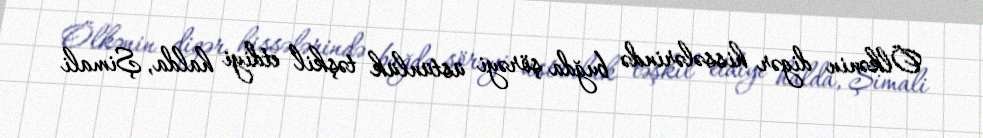
Ölkənin digər hissələrində buğda şörəyi üstünlük təşkil etdiyi halda, Şimali